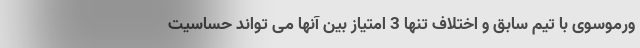
ورموسوی با تیم سابق و اختلاف تنها 3 امتیاز بین آنها می تواند حساسیت